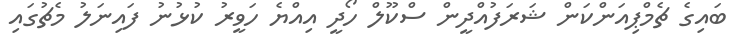
ބައިގެ ޗެމްޕިއަންކަން ޝަރަފުއްދީން ސްކޫލް ހޯދީ އިއްޔެ ހަވީރު ކުޅުނު ފައިނަލު މެޗުގައި